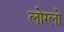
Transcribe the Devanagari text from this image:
लोग्लो